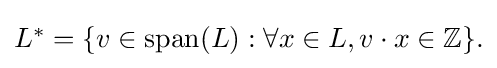
{\textstyle L^{*}=\{v\in {\text{span}}(L):\forall x\in L,v\cdot x\in \mathbb {Z} \}.}